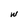
Character: w